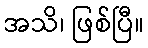
အသိ၊ ဖြစ်ပြီ။